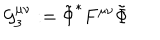
LaTeX: \mathcal { G } _ { 3 } ^ { \mu \nu } : = \tilde { \Phi } ^ { \ast } F ^ { \mu \nu } \tilde { \Phi }